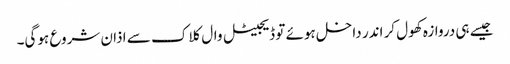
جیسے ہی دروازہ کھول کر اندر داخل ہوئے تو ڈیجیٹل وال کلاک سے اذان شروع ہوگی۔